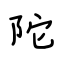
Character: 陀